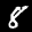
Label: 8